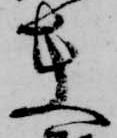
夫